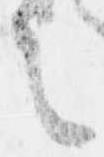
言